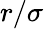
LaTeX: r/\sigma